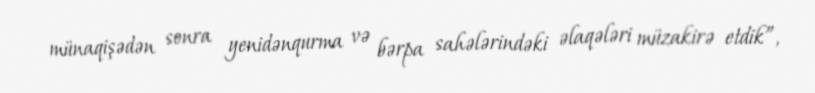
münaqişədən sonra yenidənqurma və bərpa sahələrindəki əlaqələri müzakirə etdik”,